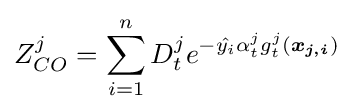
Z_{CO}^{j}=\sum _{i=1}^{n}D_{t}^{j}e^{-{\hat {y_{i}}}\alpha _{t}^{j}g_{t}^{j}({\boldsymbol {x_{j,i}}})}